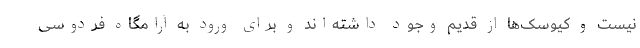
نیست و کیوسک‌ها از قدیم وجود داشته‌اند و برای ورود به آرامگاه فردوسی